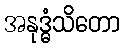
အနုဒ္ဓံသိတော